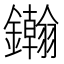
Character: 𨯪